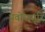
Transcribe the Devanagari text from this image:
प्रवोधसूरि